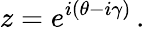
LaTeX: z=e^{i(\theta-i\gamma)}\, .